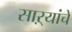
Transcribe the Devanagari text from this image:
साऱ्यांचे